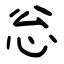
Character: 忩